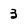
Character: 3